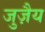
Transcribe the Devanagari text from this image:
जुज़ैय